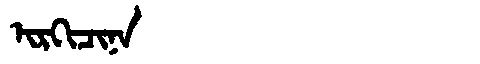
Manchu: ᡳᡵᡴᡳᠴᡳᠨᠠ
Romanization: IRKICINA